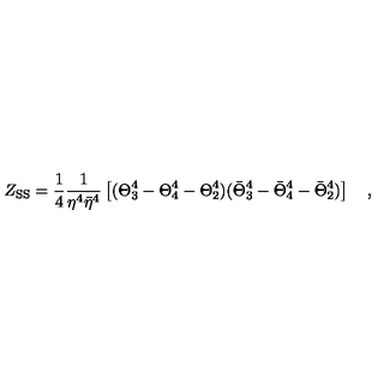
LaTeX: Z _ { \mathrm { S S } } = { \frac { 1 } { 4 } } { \frac { 1 } { \eta ^ { 4 } { \bar { \eta } } ^ { 4 } } } \left[ ( \Theta _ { 3 } ^ { 4 } - \Theta _ { 4 } ^ { 4 } - \Theta _ { 2 } ^ { 4 } ) ( { \bar { \Theta } } _ { 3 } ^ { 4 } - { \bar { \Theta } } _ { 4 } ^ { 4 } - { \bar { \Theta } } _ { 2 } ^ { 4 } ) \right] \quad ,